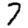
Digit: 7